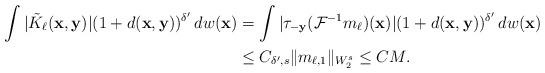
LaTeX: \begin{align*} \int |\tilde K_\ell (\mathbf x,\mathbf y)|(1+d(\mathbf x,\mathbf y))^{\delta'}\,dw(\mathbf x) & =\int |\tau_{-\mathbf y} (\mathcal{F}^{-1}m_\ell )(\mathbf x)|(1+ d(\mathbf x,\mathbf y))^{\delta'}\, dw(\mathbf x)\\& \leq C_{\delta', s} \| m_{\ell, 1}\|_{W^s_2}\leq CM.\end{align*}